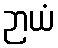
ဉာယံ